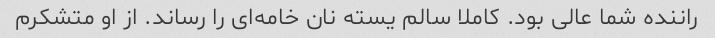
راننده شما عالی بود. کاملا سالم یسته نان خامه‌ای را رساند. از او متشکرم